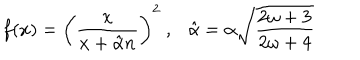
f ( x ) = \left( \frac { x } { x + \hat { \alpha } n } \right) ^ { 2 } \ , \ \ \ \hat { \alpha } = \alpha \sqrt { \frac { 2 \omega + 3 } { 2 \omega + 4 } }